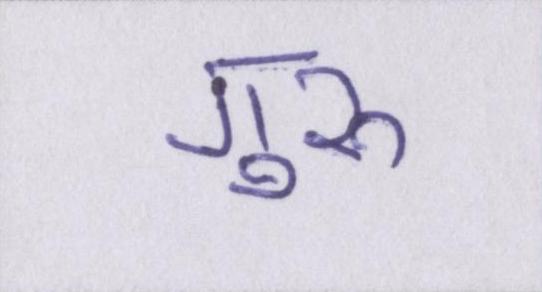
गुरुॱ